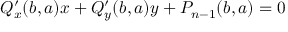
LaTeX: Q _ { x } ^ { \prime } ( b , a ) x + Q _ { y } ^ { \prime } ( b , a ) y + P _ { n - 1 } ( b , a ) = 0